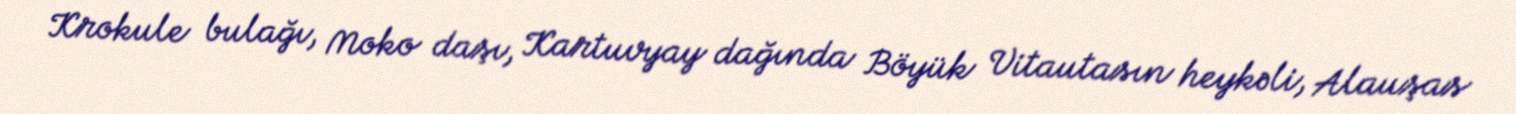
Krokule bulağı, Moko daşı, Kartuvyay dağında Böyük Vitautasın heykəli, Alauşas